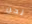
نحن